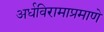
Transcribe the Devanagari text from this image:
अर्धविरामाप्रमाणे